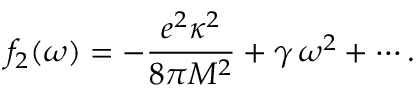
f _ { 2 } ( \omega ) = - { \frac { e ^ { 2 } \kappa ^ { 2 } } { 8 \pi M ^ { 2 } } } + \gamma \, \omega ^ { 2 } + \cdots .